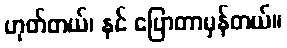
ဟုတ်တယ်၊ နင် ပြောတာမှန်တယ်။